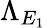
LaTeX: \Lambda_{E_{1}}